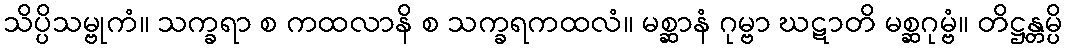
သိပ္ပိသမ္ဗုကံ။ သက္ခရာ စ ကထလာနိ စ သက္ခရကထလံ။ မစ္ဆာနံ ဂုမ္ဗာ ဃဋာတိ မစ္ဆဂုမ္ဗံ။ တိဋ္ဌန္တမ္ပိ